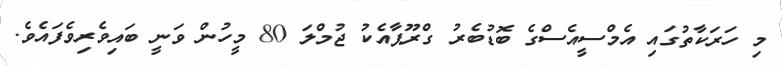
މި ހަރަކާތުގައި އެމްސީއެސްގެ ބޮޑުބެރު ގްރޫޕާއެކު ޖުމްލަ 80 މީހުން ވަނީ ބައިވެރިވެފައެވެ.